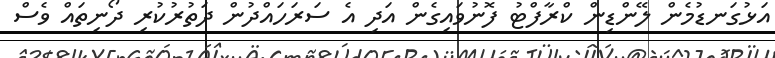
އަޅުގަނޑުމެން ލޭންޑިން ކްރާފްޓު ފޮނުވައިގެން އަދި އެ ސަރަހައްދުން ދަތުރުކުރި ދޯނިތައް ވެސް